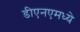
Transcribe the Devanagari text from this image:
डीएनएमध्ये